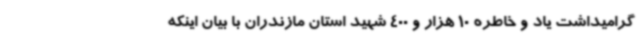
گرامیداشت یاد و خاطره 10 هزار و 400 شهید استان مازندران با بیان اینکه